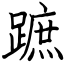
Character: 蹠